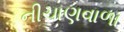
નીચાણવાળા